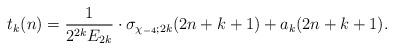
LaTeX: \begin{align*}t_k(n)=\dfrac{1}{2^{2k}E_{2k}}\cdot\sigma_{\chi_{-4};2k}(2n+k+1)+a_k(2n+k+1).\end{align*}